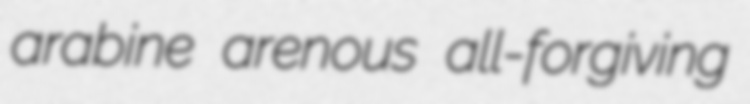
arabine arenous all-forgiving